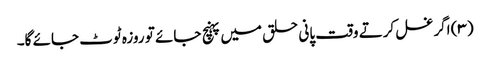
(۳) اگر غسل کرتے وقت پانی حلق میں پہنچ جائے تو روزہ ٹوٹ جائے گا۔